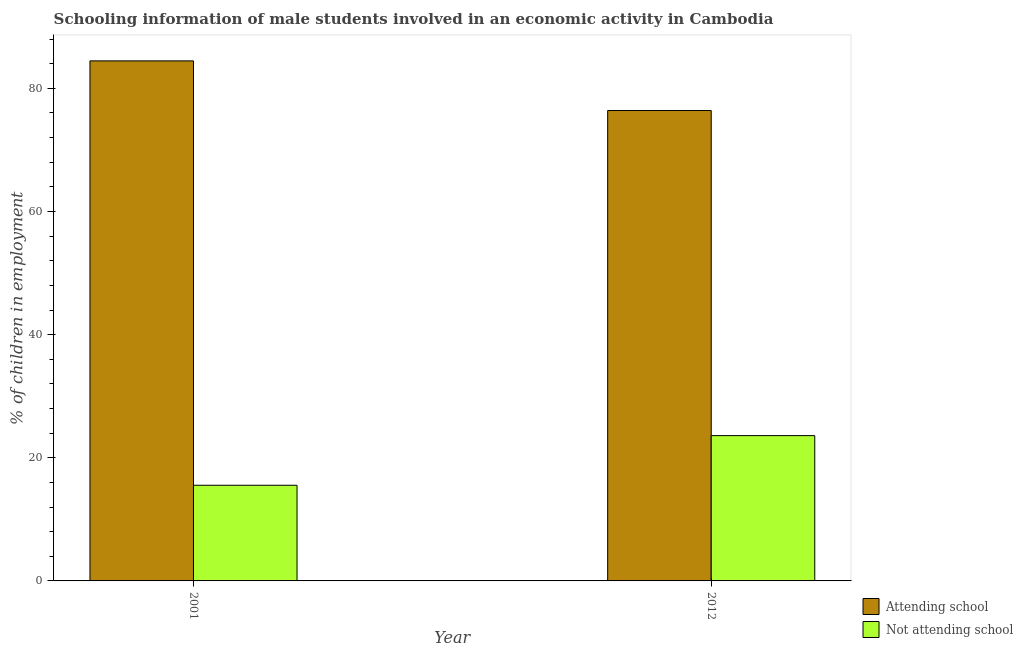
| Year | Attending school | Not attending school |
 | --- | --- | --- |
 | 2001 | 84.5 | 15.5 |
 | 2012 | 76.4 | 23.6 |